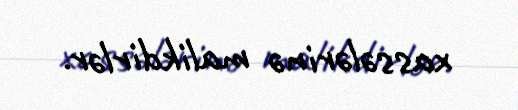
xassələrinə malikdirlər.